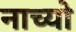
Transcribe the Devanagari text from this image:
नाच्यो